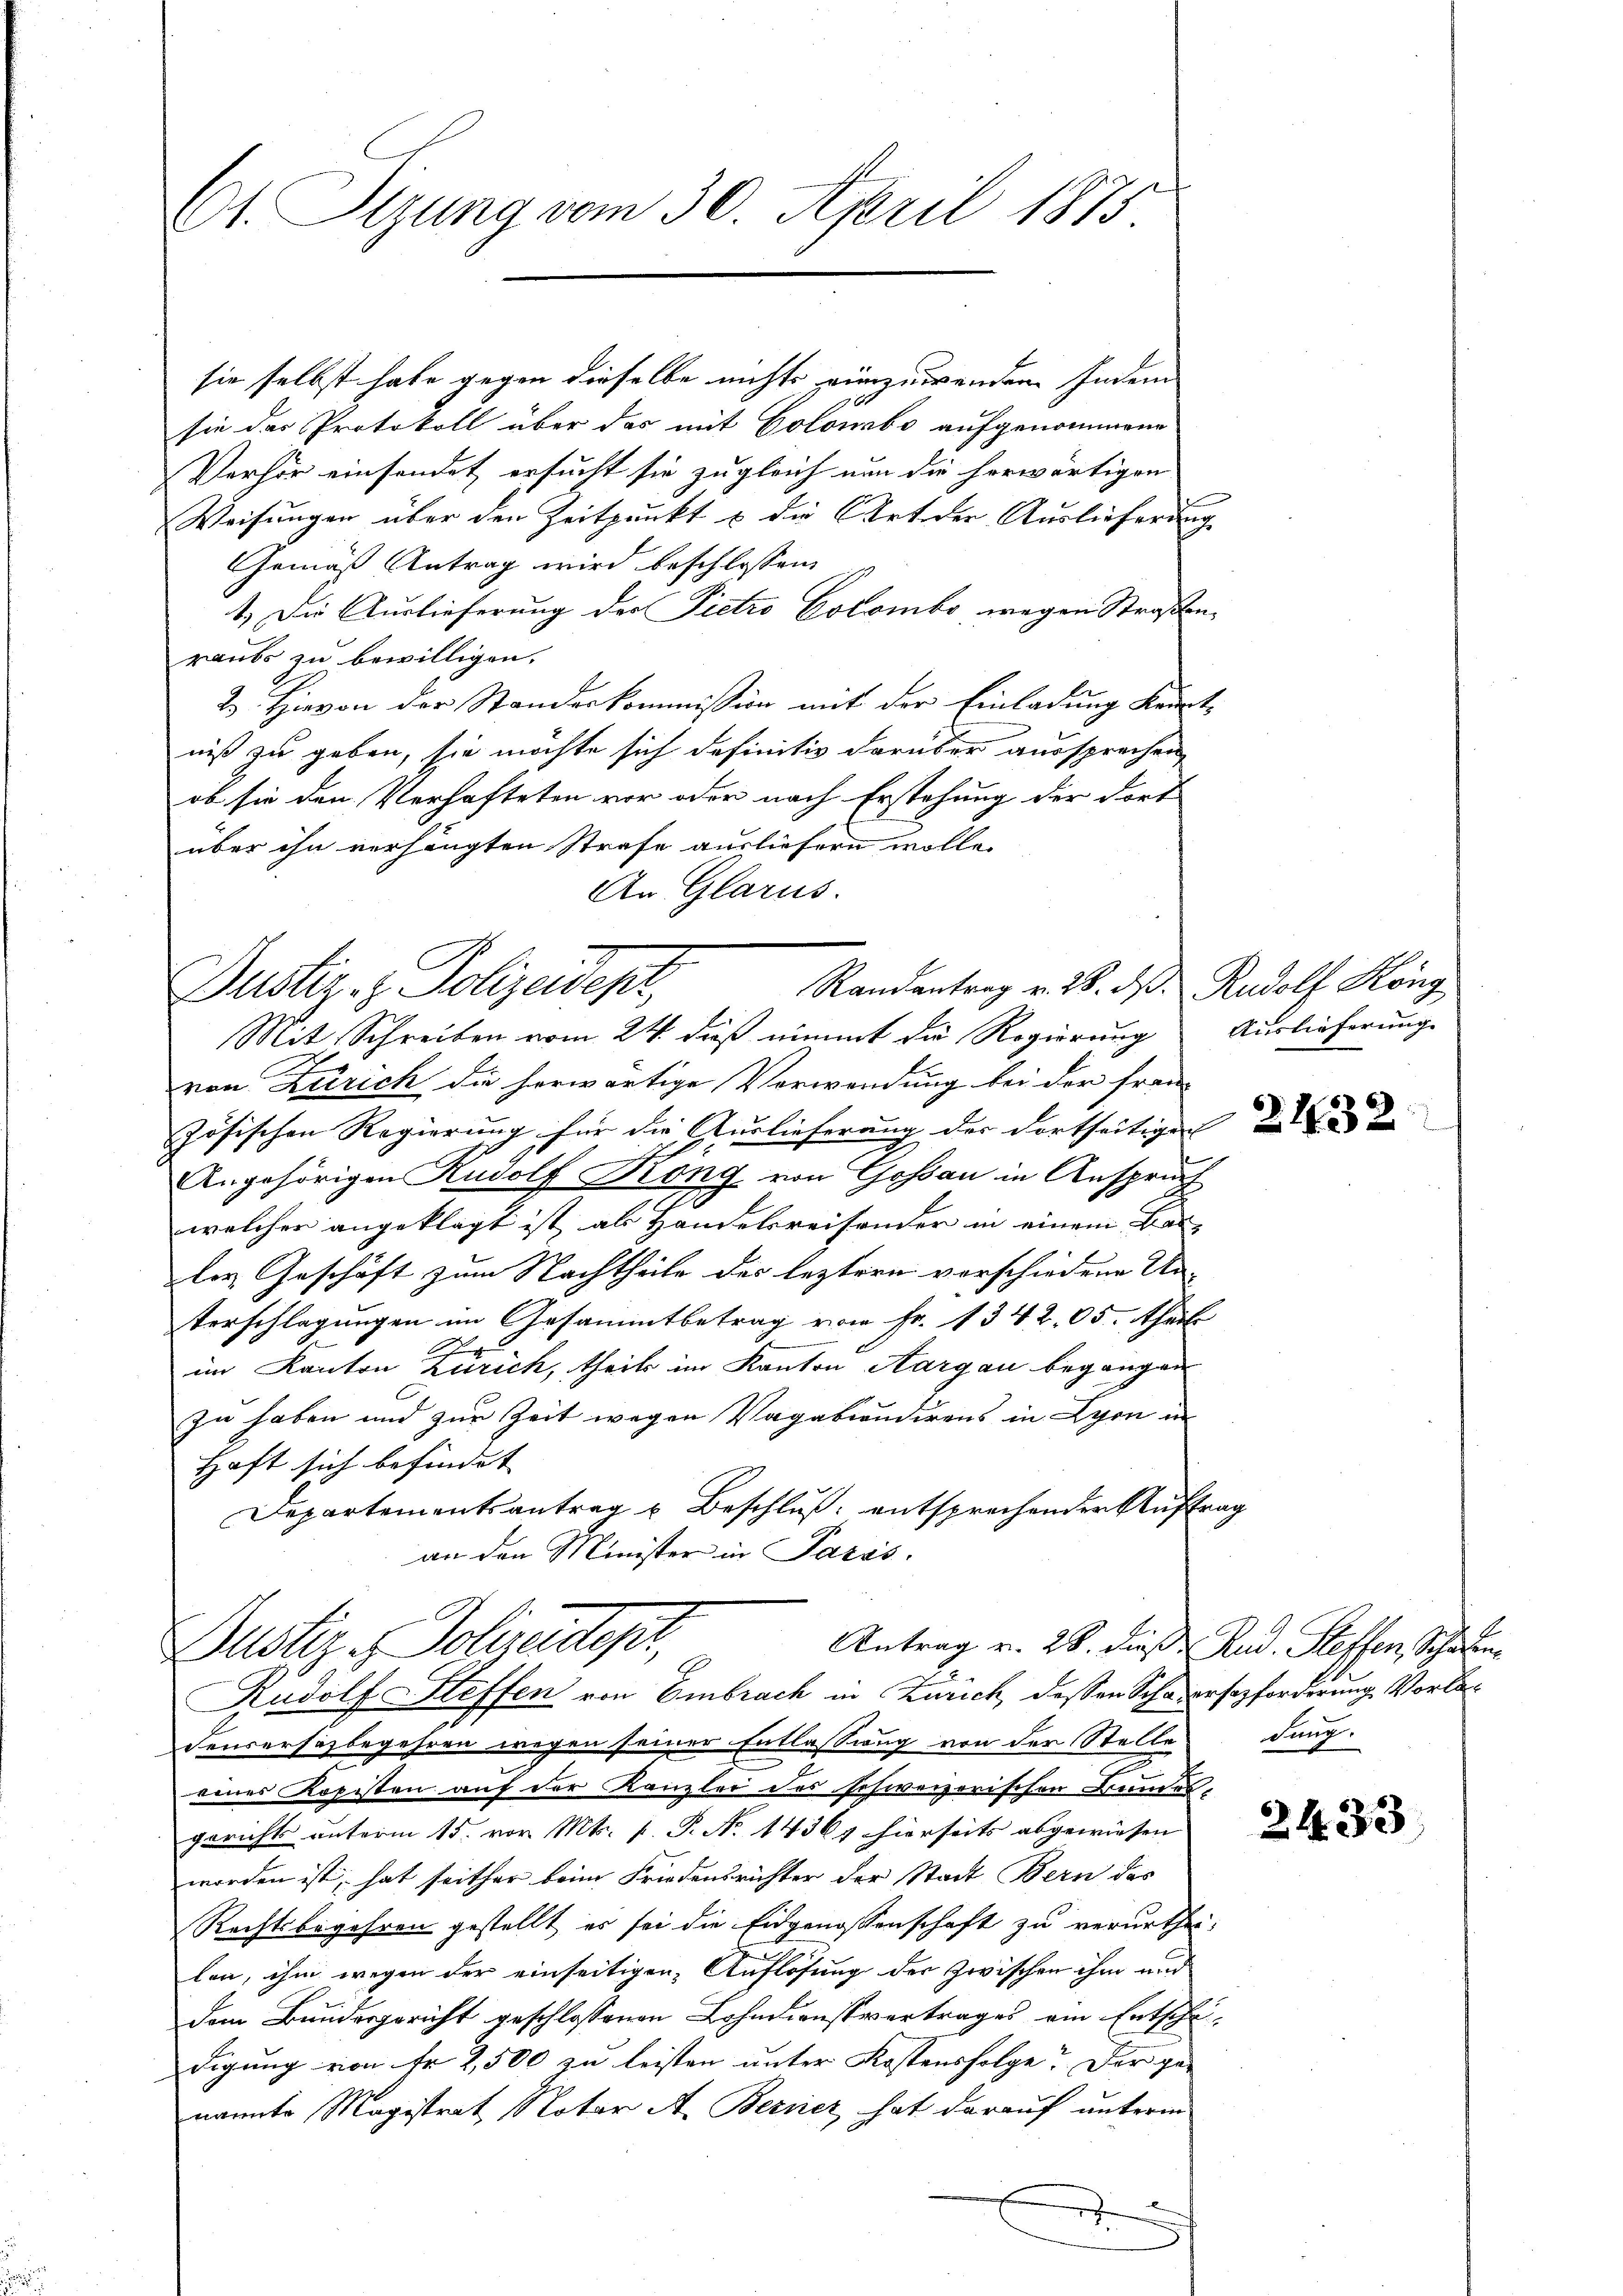
Ot. Sizung vom 30. April 1875

sie selbst habe gegen dieselbe nichts einzuwenden. Indem
sie das Protokoll über das mit Colombo aufgenommene
Verhör einsendet ersucht sie zugleich nun die herwärtigen
Weisungen über den Zeitpunkt u die Art der Auslieferung
Gemäß Antrag wird beschlossen:
1.) Die Auslieferung der Pietro Colombo wegen Straßenraubs zu bewilligen.
2. Hievon der Standeskommission mit der Einladung Kenntniß zu geben, sie möchte sich definitiv darüber aussprechen,
ob sie den Verhafteten vor oder nach Erstehung der Fort
über ihn verhängten Strafe ausliefern wolle.
An Glarus.

Randantrag v. 28. d. Rudolf Höng
Dustiz- & Polizeident,

Mit Schreiben vom 24. dieß nimmt die Regierung Auslieferung
von Zürich die herwärtige Verwendung bei der Frau
zösischen Regierung für die Auslieferung der dortheiligen in und
Angehörigen Rudolf Köng von Gossau in Anspruch
welcher angeklagt ist als Handelsreisender in einem Bau- |
les Geschäft zum Nachtheile des leztern verschiedene Un-
Verschlagungen im Gesammtbetrag vom Fr. 1342. 05. theil
im Kanton Zürich, theils im Kanton Aargau begangen
zu haben und zur Zeit wegen Vagabiudirens in Lyon in
Haft sich befindet
Departementsantrag u. Beschluß: entsprechender Auftrag
an den Minister in Paris.
Antrag v. 28. dieß Rud. Steffen, Schaden
Dustiz - Polirectoris,
Rudolf Steffen von Embrach in Zürich, dessen Schadersezforderung Vorladensersagbegehren wegen seiner Entlassung von der Stelles dang
eines Kopisten auf der Kanzlei des schweizerischen Bundes,
gerichts unterm 15. von Mts. p. P. No 14369 hierseits abgewiesen
worden ist, hat seither beim Friedensrichter der Stadt Bern des
Rechtsbegehren gestellt es sei die Eidgenossenschaft zu verurtheilen, ihm wegen der einseitigen Auflösung der zwischen ihm und
dem Bundesgericht geschlossenen Lohndienstvertrages ein Entschä-
digung von Fr. 2,500 zu leisten unter Kostensfolge? Der ge-
nannte Magistrat Notar A. Berner hat darauf unterm
e

2433